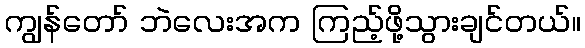
ကျွန်တော် ဘဲလေးအက ကြည့်ဖို့သွားချင်တယ်။